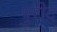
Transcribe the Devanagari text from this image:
पुरीद